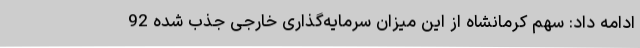
ادامه داد: سهم کرمانشاه از این میزان سرمایه‌گذاری خارجی جذب شده 92